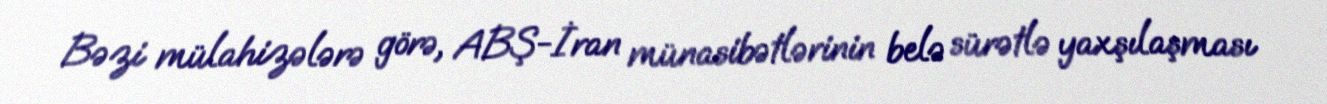
Bəzi mülahizələrə görə, ABŞ-İran münasibətlərinin belə sürətlə yaxşılaşması